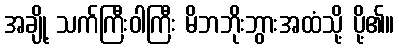
အချို့ သက်ကြီးဝါကြီး မိဘဘိုးဘွားအထံသို့ ပို့၏။